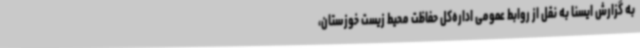
به گزارش ایسنا به نقل از روابط عمومی اداره‌کل حفاظت محیط زیست خوزستان،